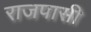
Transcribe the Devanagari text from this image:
राजपासी